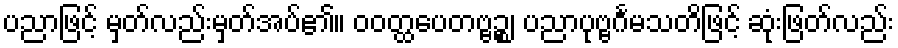
ပညာဖြင့် မှတ်လည်းမှတ်အပ်၏။ ဝဝတ္ထပေတဗ္ဗဉ္စ၊ ပညာပုဗ္ဗင်္ဂမသတိဖြင့် ဆုံးဖြတ်လည်း